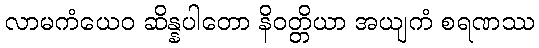
လာမကံယေဝ ဆိန္နပါတော နိဝတ္တိယာ အယျကံ စရဏဿ